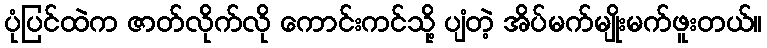
ပုံပြင်ထဲက ဇာတ်လိုက်လို ကောင်းကင်သို့ ပျံတဲ့ အိပ်မက်မျိုးမက်ဖူးတယ်။